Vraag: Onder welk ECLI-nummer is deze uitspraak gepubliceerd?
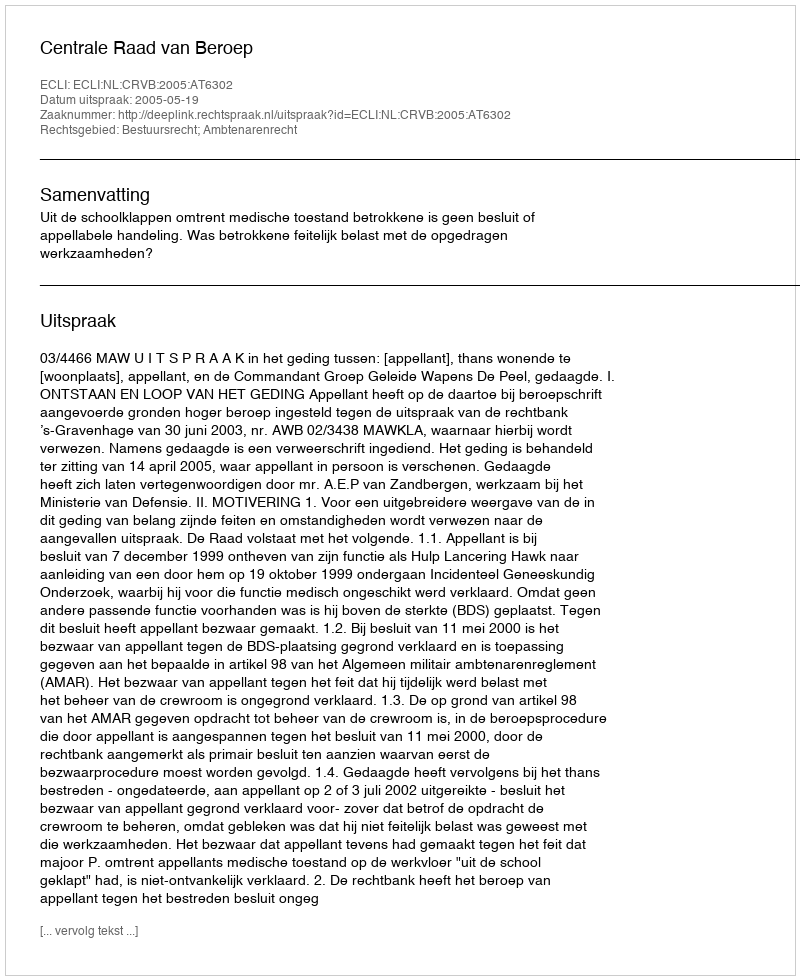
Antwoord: ECLI:NL:CRVB:2005:AT6302